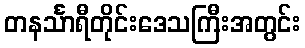
တနင်္သာရီတိုင်းဒေသကြီးအတွင်း